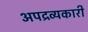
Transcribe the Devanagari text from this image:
अपद्रव्यकारी